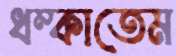
ধম্‌কাতেম